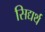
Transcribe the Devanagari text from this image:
सिद्यर्थ